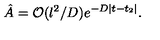
{ \hat { A } } = { \cal O } ( l ^ { 2 } / D ) e ^ { - D | t - t _ { 2 } | } .